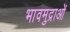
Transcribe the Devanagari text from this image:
भावमुद्राओं